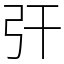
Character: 㢨